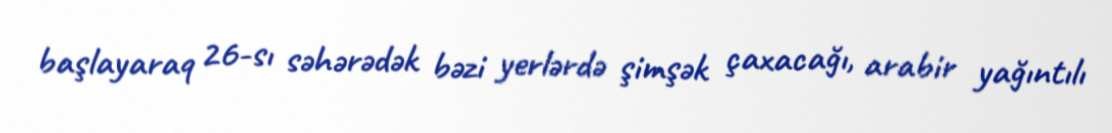
başlayaraq 26-sı səhərədək bəzi yerlərdə şimşək çaxacağı, arabir yağıntılı